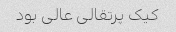
کیک پرتقالی عالی بود